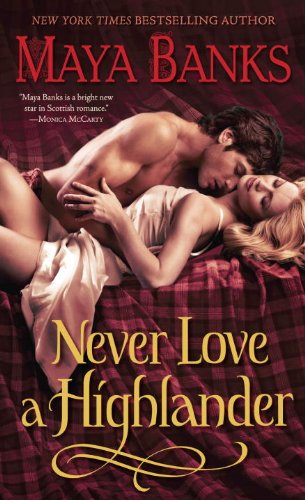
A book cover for Never Love a Highlander (The Highlanders); Maya Banks; Romance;